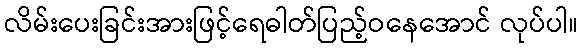
လိမ်းပေးခြင်းအားဖြင့်ရေဓါတ်ပြည့်ဝနေအောင် လုပ်ပါ။